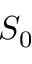
S _ { 0 }